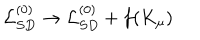
{ \cal L } _ { S D } ^ { ( 0 ) } \to { \cal L } _ { S D } ^ { ( 0 ) } + f ( K _ { \mu } )